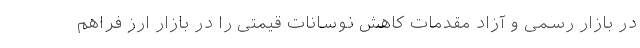
در بازار رسمی و آزاد مقدمات کاهش نوسانات قیمتی را در بازار ارز فراهم